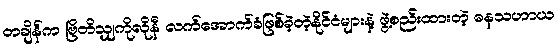
တချိန်က ဗြိတိသျှကိုလိုနီ လက်အောက်ခံဖြစ်ခဲ့တဲ့နိုင်ငံများနဲ့ ဖွဲ့စည်းထားတဲ့ ဓနသဟာယ